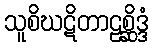
သူစိဃဋိတာဠစ္ဆိဒ္ဒံ